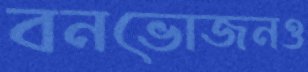
বনভোজনও